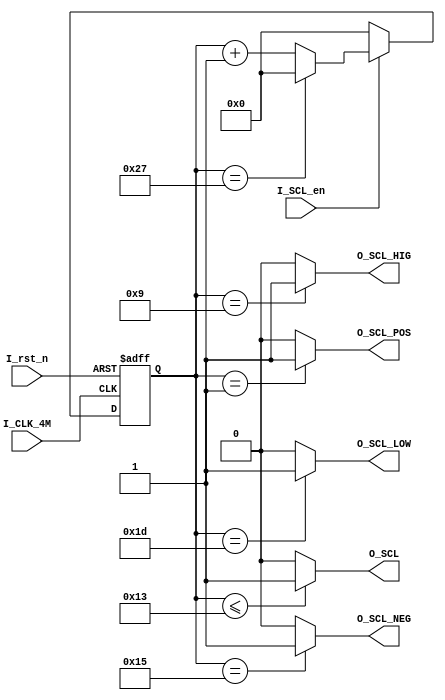
module SCL_clock // make SCL module
(
	input			I_CLK_4M		, // 4Mhz clock input
	input			I_rst_n			, // reset pin low action
	input			I_SCL_en		, // SCL enable high action, low SCL keep high
	output			O_SCL_POS		, // SCL
	output			O_SCL_HIG		, // SCL HIGH 
	output			O_SCL_NEG		, // SCL
	output			O_SCL_LOW		, // SCL LOW 
	output			O_SCL			  // SCL
);

reg	[5:0]	R_SCL_cnt			= 0		;	//SCL 

parameter	P_200Khz			= 20	,//5us
			P_100khz			= 40	,//10us
			P_CLK_SELECT		= P_100khz,
			P_DIV_SELECT0		= (P_CLK_SELECT >> 2)  -  1, //HIGH 		
			P_DIV_SELECT1		= (P_CLK_SELECT >> 1)  -  1, //LOWtiming		
			P_DIV_SELECT2		= (P_DIV_SELECT0 + P_DIV_SELECT1) + 1,// LOW(+1)
			P_DIV_SELECT3		= (P_CLK_SELECT >> 1)  +  1, //(+1)
			P_DIV_SELECT4		= (P_CLK_SELECT / P_CLK_SELECT); //(+1)
			
assign		O_SCL_POS = (R_SCL_cnt == P_DIV_SELECT4	) ? 1'b1 : 1'b0 ;
assign		O_SCL_HIG = (R_SCL_cnt == P_DIV_SELECT0	) ? 1'b1 : 1'b0 ;
assign		O_SCL_NEG = (R_SCL_cnt == P_DIV_SELECT3	) ? 1'b1 : 1'b0 ;
assign		O_SCL_LOW = (R_SCL_cnt == P_DIV_SELECT2	) ? 1'b1 : 1'b0 ;
assign		O_SCL	  = (R_SCL_cnt <= P_DIV_SELECT1	) ? 1'b1 : 1'b0 ;

always@(posedge I_CLK_4M or negedge I_rst_n)  
begin  
	if(!I_rst_n)
		R_SCL_cnt	<= 0;
	else if(I_SCL_en)	//en pin high action
		begin
			if(R_SCL_cnt == P_CLK_SELECT - 1'b1) //counter0
				R_SCL_cnt <= 0;
			else
				R_SCL_cnt	<= R_SCL_cnt + 1'b1;
		end
	else
		R_SCL_cnt	<= 0;
end

endmodule